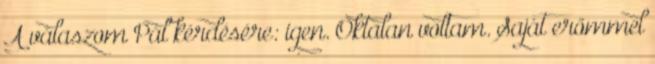
A válaszom Pál kérdésére: igen. Oktalan voltam. Saját erőmmel